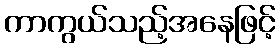
ကာကွယ်သည့်အနေဖြင့်